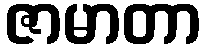
ဇာမာတာ